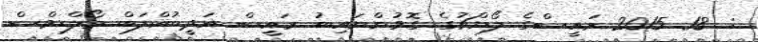
:  18